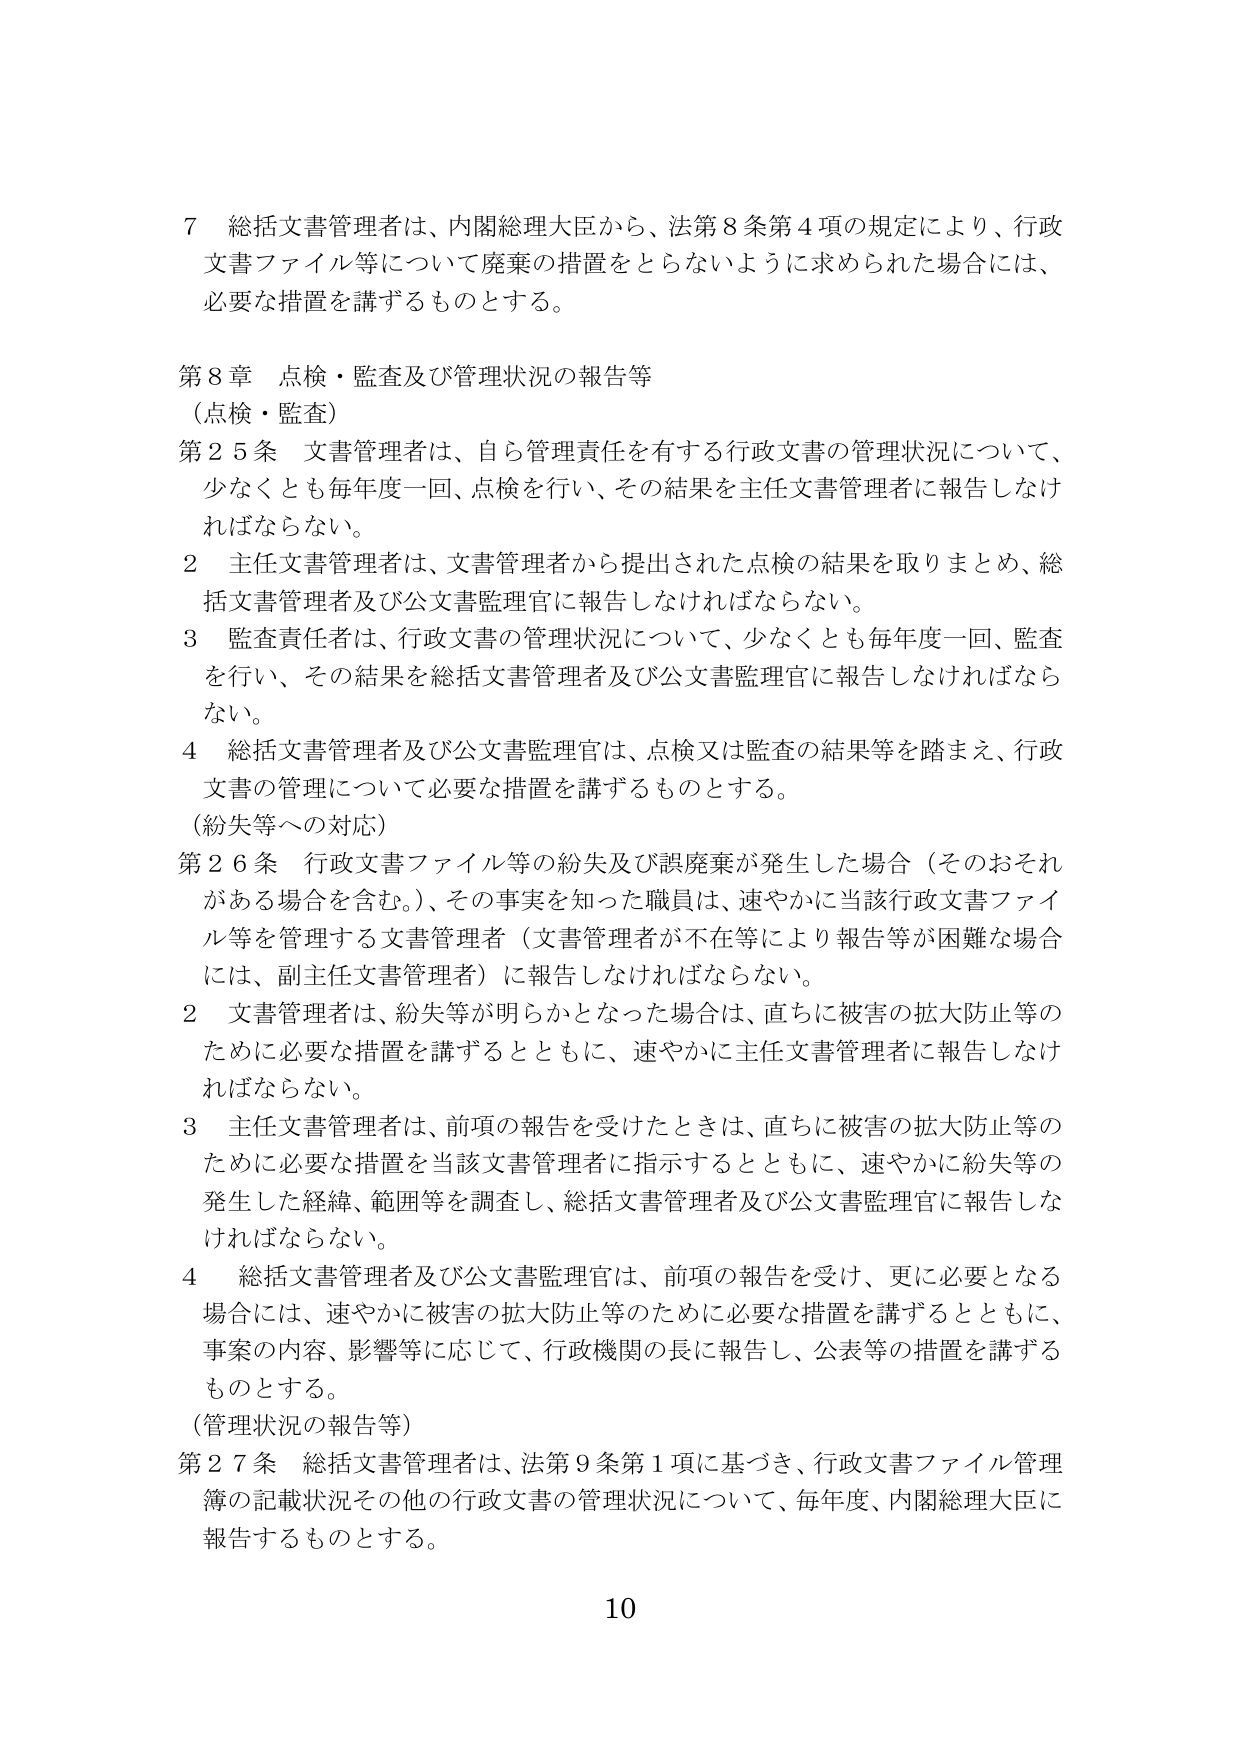
7 総括文書管理者は、内閣総理大臣から、法第8条第4項の規定により、行政文書ファイル等について廃棄の措置をとらないように求められた場合には、必要な措置を講ずるものとする。

第8章 点検・監査及び管理状況の報告等
（点検・監査）
第25条 文書管理者は、自ら管理責任を有する行政文書の管理状況について、少なくとも毎年度一回、点検を行い、その結果を主任文書管理者に報告しなければならない。
2 主任文書管理者は、文書管理者から提出された点検の結果を取りまとめ、総括文書管理者及び公文書監理官に報告しなければならない。
3 監査責任者は、行政文書の管理状況について、少なくとも毎年度一回、監査を行い、その結果を総括文書管理者及び公文書監理官に報告しなければならない。
4 総括文書管理者及び公文書監理官は、点検又は監査の結果等を踏まえ、行政文書の管理について必要な措置を講ずるものとする。
（紛失等への対応）
第26条 行政文書ファイル等の紛失及び誤廃棄が発生した場合（そのおそれがある場合を含む。）、その事実を知った職員は、速やかに当該行政文書ファイル等を管理する文書管理者（文書管理者が不在等により報告等が困難な場合には、副主任文書管理者）に報告しなければならない。
2 文書管理者は、紛失等が明らかとなった場合は、直ちに被害の拡大防止等のために必要な措置を講ずるとともに、速やかに主任文書管理者に報告しなければならない。
3 主任文書管理者は、前項の報告を受けたときは、直ちに被害の拡大防止等のために必要な措置を当該文書管理者に指示するとともに、速やかに紛失等の発生した経緯、範囲等を調査し、総括文書管理者及び公文書監理官に報告しなければならない。
4 総括文書管理者及び公文書監理官は、前項の報告を受け、更に必要となる場合には、速やかに被害の拡大防止等のために必要な措置を講ずるとともに、事案の内容、影響等に応じて、行政機関の長に報告し、公表等の措置を講ずるものとする。
（管理状況の報告等）
第27条 総括文書管理者は、法第9条第1項に基づき、行政文書ファイル管理簿の記載状況その他の行政文書の管理状況について、毎年度、内閣総理大臣に報告するものとする。

10